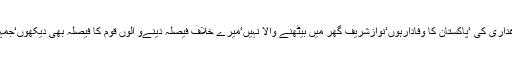
میراپوچھنابنتاہے میں نے کون سی غداری کی ‘پاکستان کا وفادارہوں‘نوازشریف گھر میں بیٹھنے والا نہیں‘میرے خلاف فیصلہ دینےو الوں قوم کا فیصلہ بھی دیکھوں‘جمہوریت کو جوچاہے چلتا کر دیتا ہے ۔